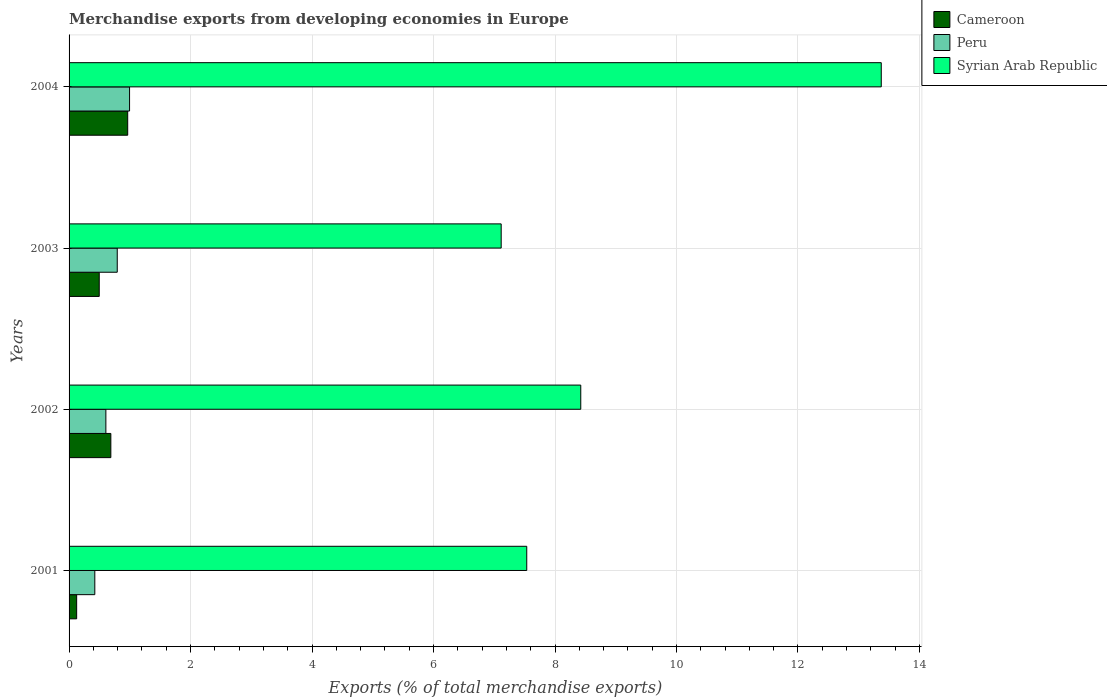
| Years | Cameroon | Peru | Syrian Arab Republic |
 | --- | --- | --- | --- |
 | 2001 | 0.125 | 0.424 | 7.53 |
 | 2002 | 0.688 | 0.606 | 8.42 |
 | 2003 | 0.496 | 0.793 | 7.11 |
 | 2004 | 0.965 | 0.996 | 13.4 |